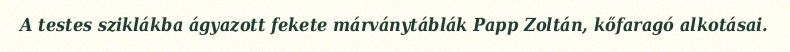
A testes sziklákba ágyazott fekete márványtáblák Papp Zoltán, kőfaragó alkotásai.